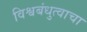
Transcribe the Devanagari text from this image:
विश्वबंधुत्वाचा